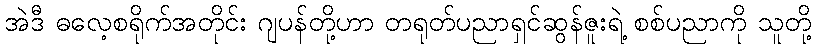
အဲဒီ ဓလေ့စရိုက်အတိုင်း ဂျပန်တို့ဟာ တရုတ်ပညာရှင်ဆွန်ဇူးရဲ့ စစ်ပညာကို သူတို့